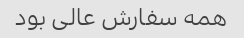
همه سفارش عالی بود